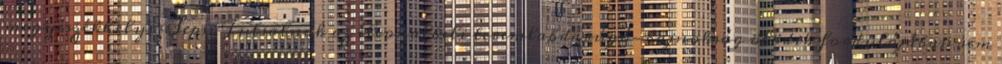
megyeszékhelyi Sepsi Futsalnak az élvonalbeli teremlabdarúgó-bajnokság ötödik fordulójában sem